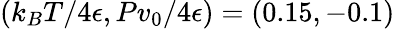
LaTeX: (k_{B}T/4\epsilon,Pv_{0}/4\epsilon)=(0.15,-0.1)